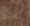
لدي